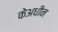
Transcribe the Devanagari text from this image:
केअधीन